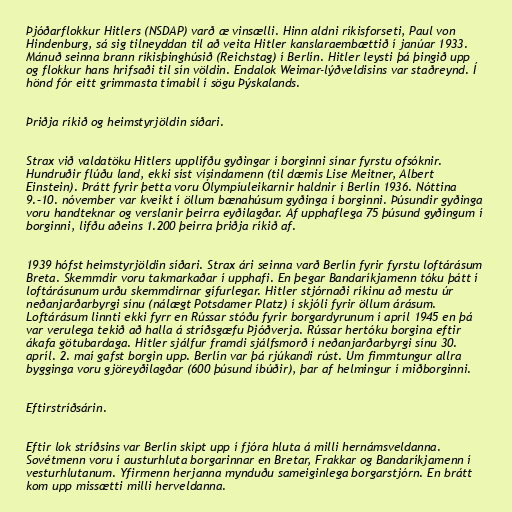
Þjóðarflokkur Hitlers (NSDAP) varð æ vinsælli. Hinn aldni ríkisforseti, Paul von
Hindenburg, sá sig tilneyddan til að veita Hitler kanslaraembættið í janúar 1933.
Mánuð seinna brann ríkisþinghúsið (Reichstag) í Berlín. Hitler leysti þá þingið upp
og flokkur hans hrifsaði til sín völdin. Endalok Weimar-lýðveldisins var staðreynd. Í
hönd fór eitt grimmasta tímabil í sögu Þýskalands.

Þriðja ríkið og heimstyrjöldin síðari.

Strax við valdatöku Hitlers upplifðu gyðingar í borginni sínar fyrstu ofsóknir.
Hundruðir flúðu land, ekki síst vísindamenn (til dæmis Lise Meitner, Albert
Einstein). Þrátt fyrir þetta voru Ólympíuleikarnir haldnir í Berlín 1936. Nóttina
9.–10. nóvember var kveikt í öllum bænahúsum gyðinga í borginni. Þúsundir gyðinga
voru handteknar og verslanir þeirra eyðilagðar. Af upphaflega 75 þúsund gyðingum í
borginni, lifðu aðeins 1.200 þeirra þriðja ríkið af.

1939 hófst heimstyrjöldin síðari. Strax ári seinna varð Berlín fyrir fyrstu loftárásum
Breta. Skemmdir voru takmarkaðar í upphafi. En þegar Bandaríkjamenn tóku þátt í
loftárásunum urðu skemmdirnar gífurlegar. Hitler stjórnaði ríkinu að mestu úr
neðanjarðarbyrgi sínu (nálægt Potsdamer Platz) í skjóli fyrir öllum árásum.
Loftárásum linnti ekki fyrr en Rússar stóðu fyrir borgardyrunum í apríl 1945 en þá
var verulega tekið að halla á stríðsgæfu Þjóðverja. Rússar hertóku borgina eftir
ákafa götubardaga. Hitler sjálfur framdi sjálfsmorð í neðanjarðarbyrgi sínu 30.
apríl. 2. maí gafst borgin upp. Berlín var þá rjúkandi rúst. Um fimmtungur allra
bygginga voru gjöreyðilagðar (600 þúsund íbúðir), þar af helmingur í miðborginni.

Eftirstríðsárin.

Eftir lok stríðsins var Berlín skipt upp í fjóra hluta á milli hernámsveldanna.
Sovétmenn voru í austurhluta borgarinnar en Bretar, Frakkar og Bandaríkjamenn í
vesturhlutanum. Yfirmenn herjanna mynduðu sameiginlega borgarstjórn. En brátt
kom upp missætti milli herveldanna.